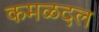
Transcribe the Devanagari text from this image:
कमळदल